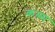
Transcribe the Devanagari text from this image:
कल्म